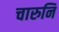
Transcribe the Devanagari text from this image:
चारुनि